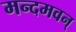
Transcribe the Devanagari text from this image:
मन्दमवन्